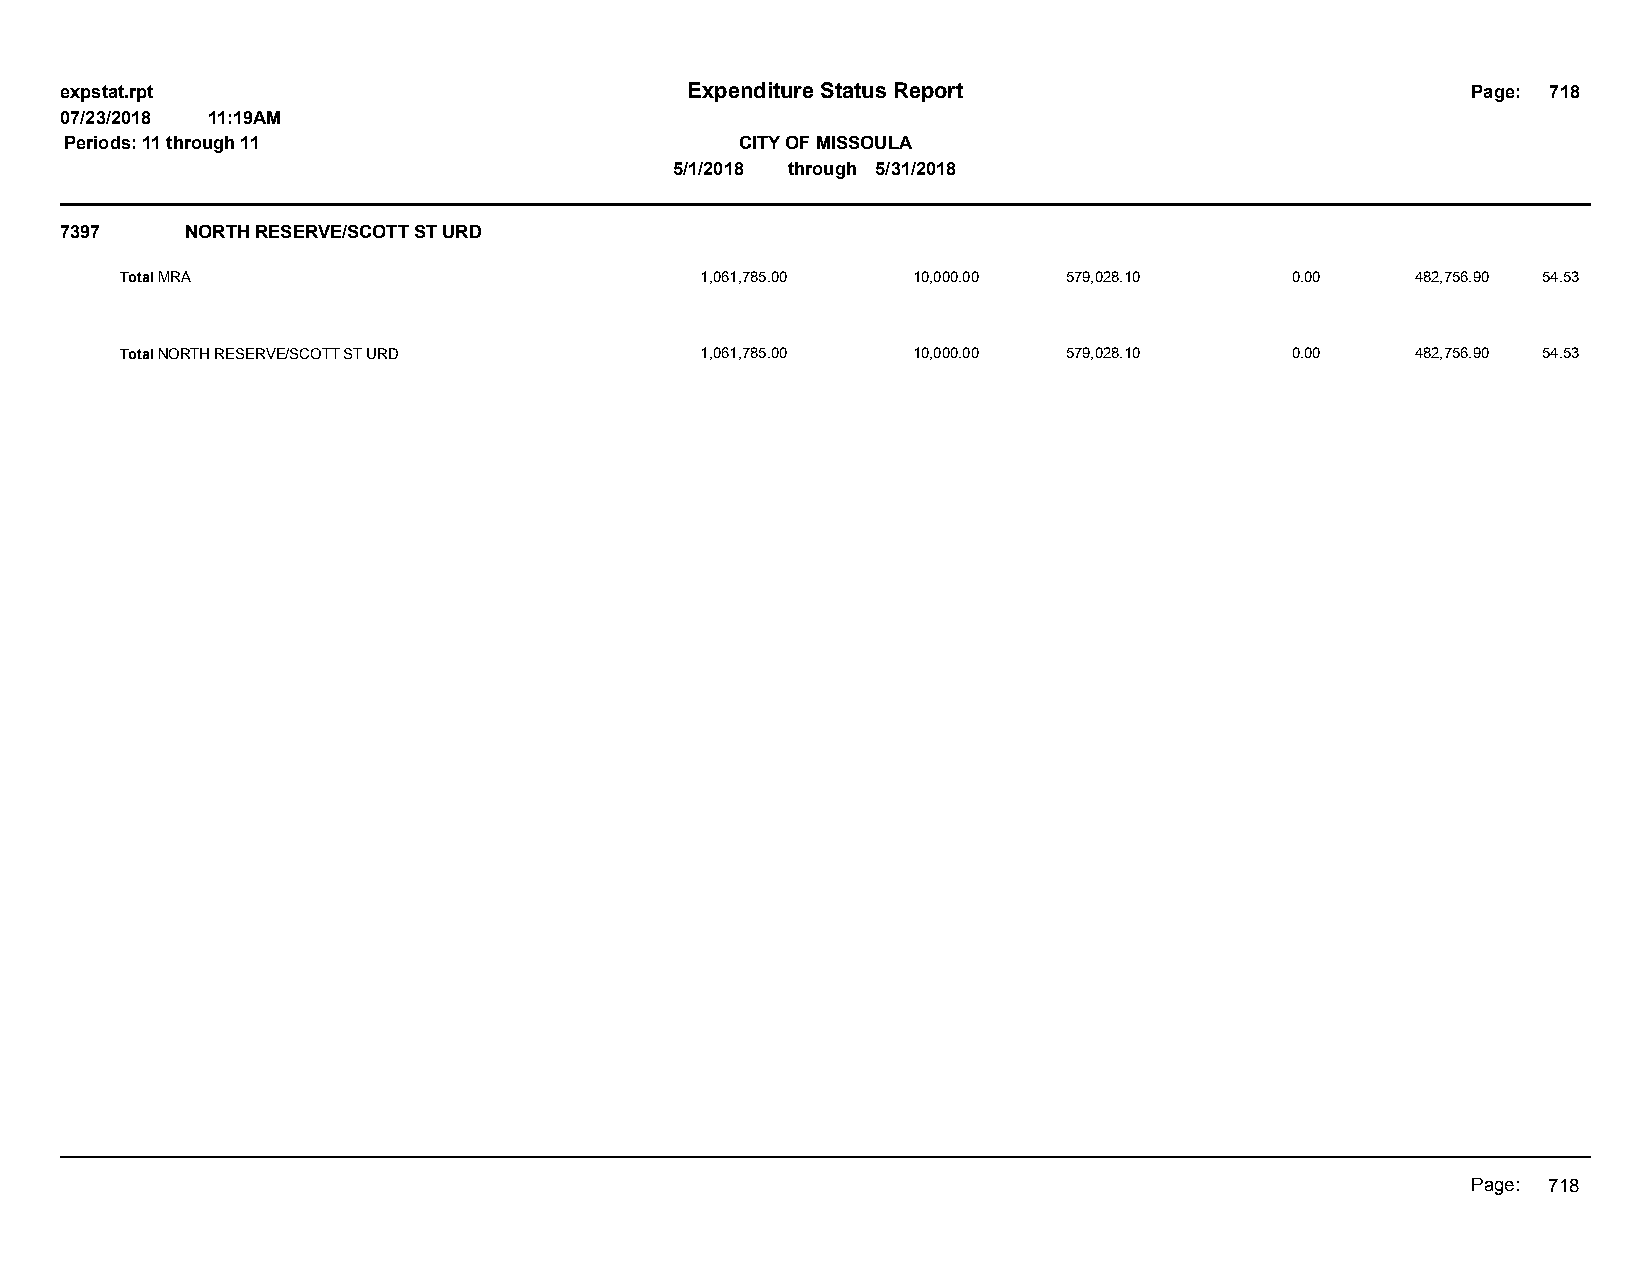
expstat.rpt                              Expenditure Status Report                           Page: 718
 07/23/2018 11:19AM
 Periods: 11 through 11                       CITY OF MISSOULA
 5/1/2018 through 5/31/2018
 7397    NORTH RESERVE/SCOTT ST URD
 Total MRA                             1,061,785.00  10,000.00  579,028.10    0.00     482,756.90 54.53
 Total NORTH RESERVE/SCOTT ST URD      1,061,785.00  10,000.00  579,028.10    0.00     482,756.90 54.53
 Page: 718